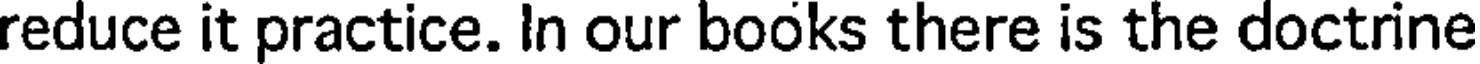
reduce it practice. In our books there is the doctrine